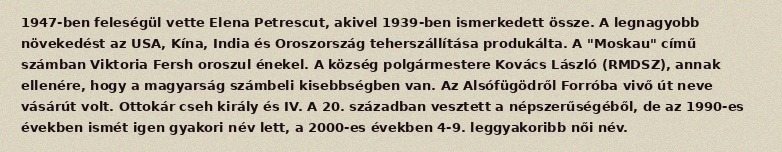
1947-ben feleségül vette Elena Petrescut, akivel 1939-ben ismerkedett össze. A legnagyobb növekedést az USA, Kína, India és Oroszország teherszállítása produkálta. A "Moskau" című számban Viktoria Fersh oroszul énekel. A község polgármestere Kovács László (RMDSZ), annak ellenére, hogy a magyarság számbeli kisebbségben van. Az Alsófügödről Forróba vivő út neve vásárút volt. Ottokár cseh király és IV. A 20. században vesztett a népszerűségéből, de az 1990-es években ismét igen gyakori név lett, a 2000-es években 4-9. leggyakoribb női név.